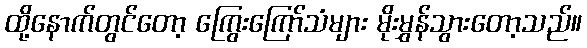
ထို့နောက်တွင်တော့ ကြွေးကြော်သံများ မိုးမွှန်သွားတော့သည်။